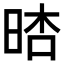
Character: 𣇏